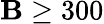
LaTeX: \mathbf{B}\geq300